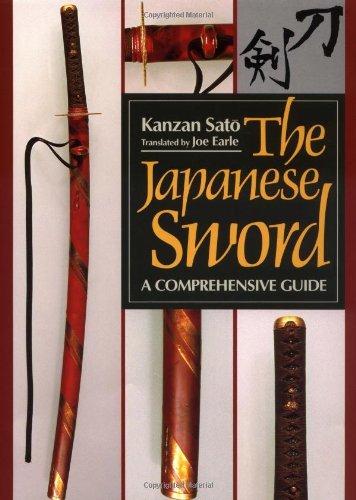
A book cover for The Japanese Sword (Japanese Arts Library); Kanzan Sato; History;